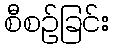
စီစဉ်ခြင်း